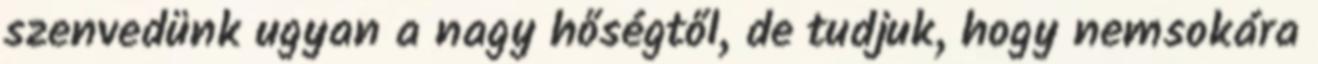
szenvedünk ugyan a nagy hőségtől, de tudjuk, hogy nemsokára